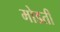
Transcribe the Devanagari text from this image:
मोडती